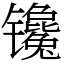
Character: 镵